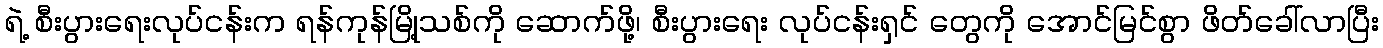
ရဲ့ စီးပွားရေးလုပ်ငန်းက ရန်ကုန်မြို့သစ်ကို ဆောက်ဖို့၊ စီးပွားရေး လုပ်ငန်းရှင် တွေကို အောင်မြင်စွာ ဖိတ်ခေါ်လာပြီး